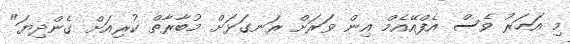
މި އަހަރު ވެސް އެފްއޭއެމް އިން ވަރަށް ރަނގަޅަށް މުބާރާތް ކުރިއަށް ގެންދިޔަ"